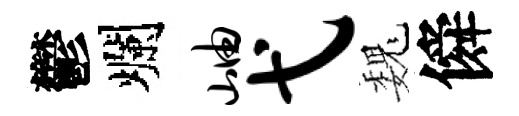
鬱爛岫弋巍僢